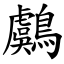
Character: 鸆